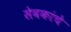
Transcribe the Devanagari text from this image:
सेवकांचे